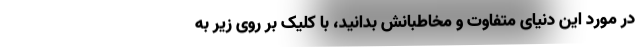
در مورد این دنیای متفاوت و مخاطبانش بدانید، با کلیک بر روی زیر به